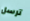
ترسل